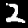
Label: 2